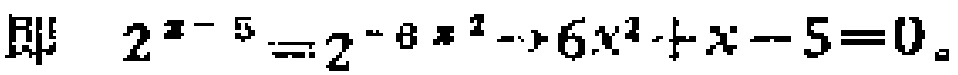
即 \(2^{x - 5}=2^{- 6x^{2}}\Rightarrow6x^{2}+x - 5 = 0\)。